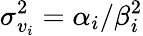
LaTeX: \sigma_{v_{i}}^{2}=\alpha_{i}/\beta_{i}^{2}